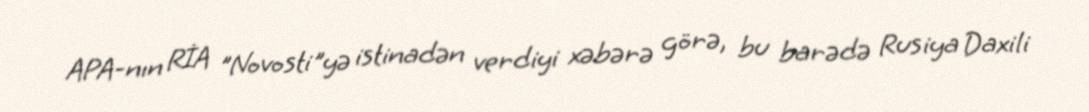
APA-nın RİA "Novosti"yə istinadən verdiyi xəbərə görə, bu barədə Rusiya Daxili